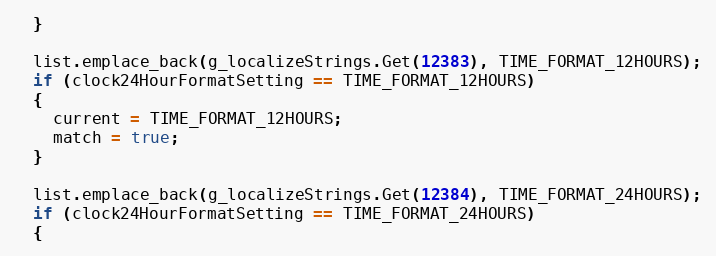
Language: C++
  }

  list.emplace_back(g_localizeStrings.Get(12383), TIME_FORMAT_12HOURS);
  if (clock24HourFormatSetting == TIME_FORMAT_12HOURS)
  {
    current = TIME_FORMAT_12HOURS;
    match = true;
  }

  list.emplace_back(g_localizeStrings.Get(12384), TIME_FORMAT_24HOURS);
  if (clock24HourFormatSetting == TIME_FORMAT_24HOURS)
  {